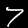
Digit: 7